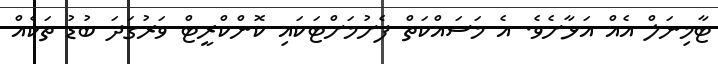
ޓާމިނަލް އެއް އަޅާށެވެ. އެ މަސައްކަތް ފެށުމަށްޓަކައި ކޮންކްރީޓް ވަރުގަދަ ބުޑު ތަކެއް